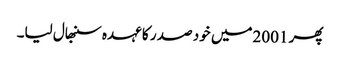
پھر 2001میں خود صد ر کا عہدہ سنبھال لیا۔